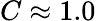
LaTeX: C\approx 1.0